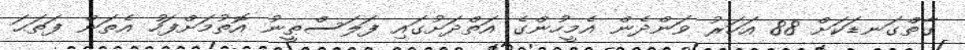
ގާތްގަނޑަކަށް 88 އަހަރު ވަންދެން އެމީހުންގެ އަތްދަށުގައި ފަލަސްޠީނު އޮތުމަށްފަހު އެތަން ފަތަޙަ